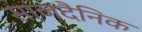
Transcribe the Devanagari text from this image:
सांजदैनिक